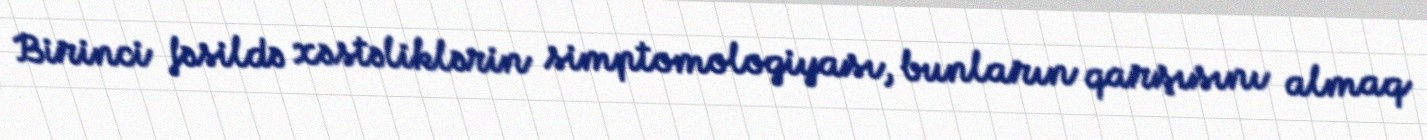
Birinci fəsildə xəstəliklərin simptomologiyası, bunların qarşısını almaq